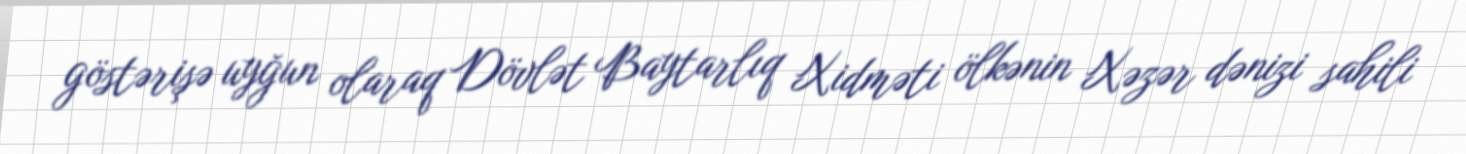
göstərişə uyğun olaraq Dövlət Baytarlıq Xidməti ölkənin Xəzər dənizi sahili